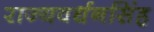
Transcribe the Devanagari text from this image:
राज्यवर्धनसिंह